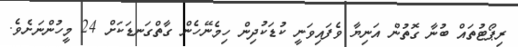
ރިޕޯޓުތައް ބުނާ ގޮތުން އަނިޔާ ވެފައިވަނީ ކުޑަކުދިން ހިމެނޭހެން ގާތްގަނޑަކަށް 24 މީހުންނަށެވެ.